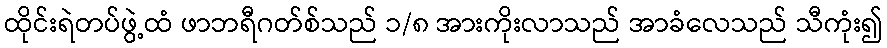
ထိုင်းရဲတပ်ဖွဲ့ထံ ဖာဘရီဂတ်စ်သည် ၁/၈ အားကိုးလာသည် အာခံလေသည် သီကုံး၍